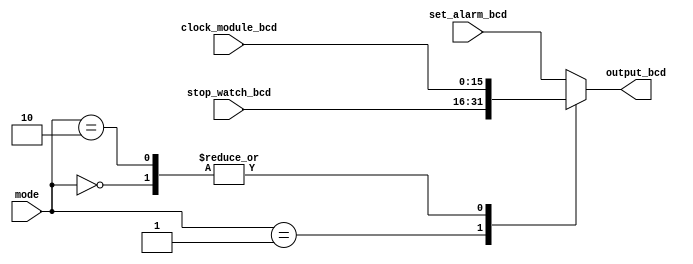
`timescale 1ns / 1ps
//////////////////////////////////////////////////////////////////////////////////
// Company: 
// Engineer: 
// 
// Design Name: 
// Module Name: display_demux
// Project Name: 
// Target Devices: 
// Tool Versions: 
// Description: 
// 
// Dependencies: 
// 
// Revision:
// Revision 0.01 - File Created
// Additional Comments:
// 
//////////////////////////////////////////////////////////////////////////////////


module display_demux(

input [1:0] mode,

input [15:0] clock_module_bcd,
input [15:0] stop_watch_bcd,
input [15:0] set_alarm_bcd,

output reg [15:0] output_bcd
);

always @(*) begin

    case(mode)
        
        2'b00 : output_bcd <= clock_module_bcd;
        2'b01 : output_bcd <= stop_watch_bcd;
        2'b10 : output_bcd <= clock_module_bcd;
        default : output_bcd <= set_alarm_bcd;
        
    endcase

end

endmodule